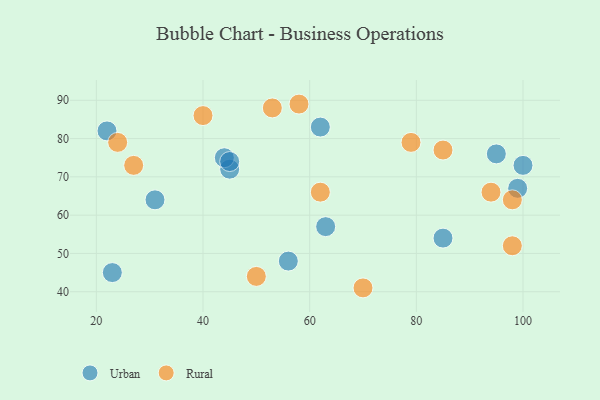
{"axis": {"x": "GDP", "y": "Life Expectancy"}, "legend": ["Rural", "Urban"], "data": [{"x": "100", "y": 73, "type": "Urban"}, {"x": "85", "y": 54, "type": "Urban"}, {"x": "22", "y": 82, "type": "Urban"}, {"x": "62", "y": 83, "type": "Urban"}, {"x": "45", "y": 72, "type": "Urban"}, {"x": "99", "y": 67, "type": "Urban"}, {"x": "23", "y": 45, "type": "Urban"}, {"x": "31", "y": 64, "type": "Urban"}, {"x": "44", "y": 75, "type": "Urban"}, {"x": "45", "y": 74, "type": "Urban"}, {"x": "95", "y": 76, "type": "Urban"}, {"x": "63", "y": 57, "type": "Urban"}, {"x": "56", "y": 48, "type": "Urban"}, {"x": "85", "y": 77, "type": "Rural"}, {"x": "79", "y": 79, "type": "Rural"}, {"x": "53", "y": 88, "type": "Rural"}, {"x": "98", "y": 52, "type": "Rural"}, {"x": "94", "y": 66, "type": "Rural"}, {"x": "70", "y": 41, "type": "Rural"}, {"x": "50", "y": 44, "type": "Rural"}, {"x": "62", "y": 66, "type": "Rural"}, {"x": "27", "y": 73, "type": "Rural"}, {"x": "58", "y": 89, "type": "Rural"}, {"x": "98", "y": 64, "type": "Rural"}, {"x": "24", "y": 79, "type": "Rural"}, {"x": "40", "y": 86, "type": "Rural"}]}